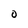
Character: 0